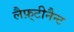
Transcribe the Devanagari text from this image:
लैफ़्टीनैन्ट